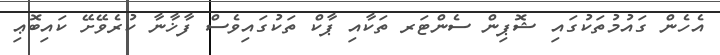
އެހެން ގައުމުތަކުގައި ޝޮޕިން ސެންޓަރ ތަކާއި ޕާކް ތަކުގައިވެސް ފާޚާނާ ކުރެވޭށޭ ކައިބޮޢި